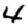
Digit: 4